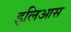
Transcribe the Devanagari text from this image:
इलिआस